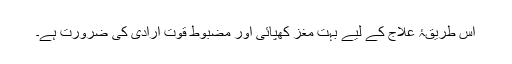
اس طریقۂ علاج کے لیے بہت مغز کھپائی اور مضبوط قوت ارادی کی ضرورت ہے۔